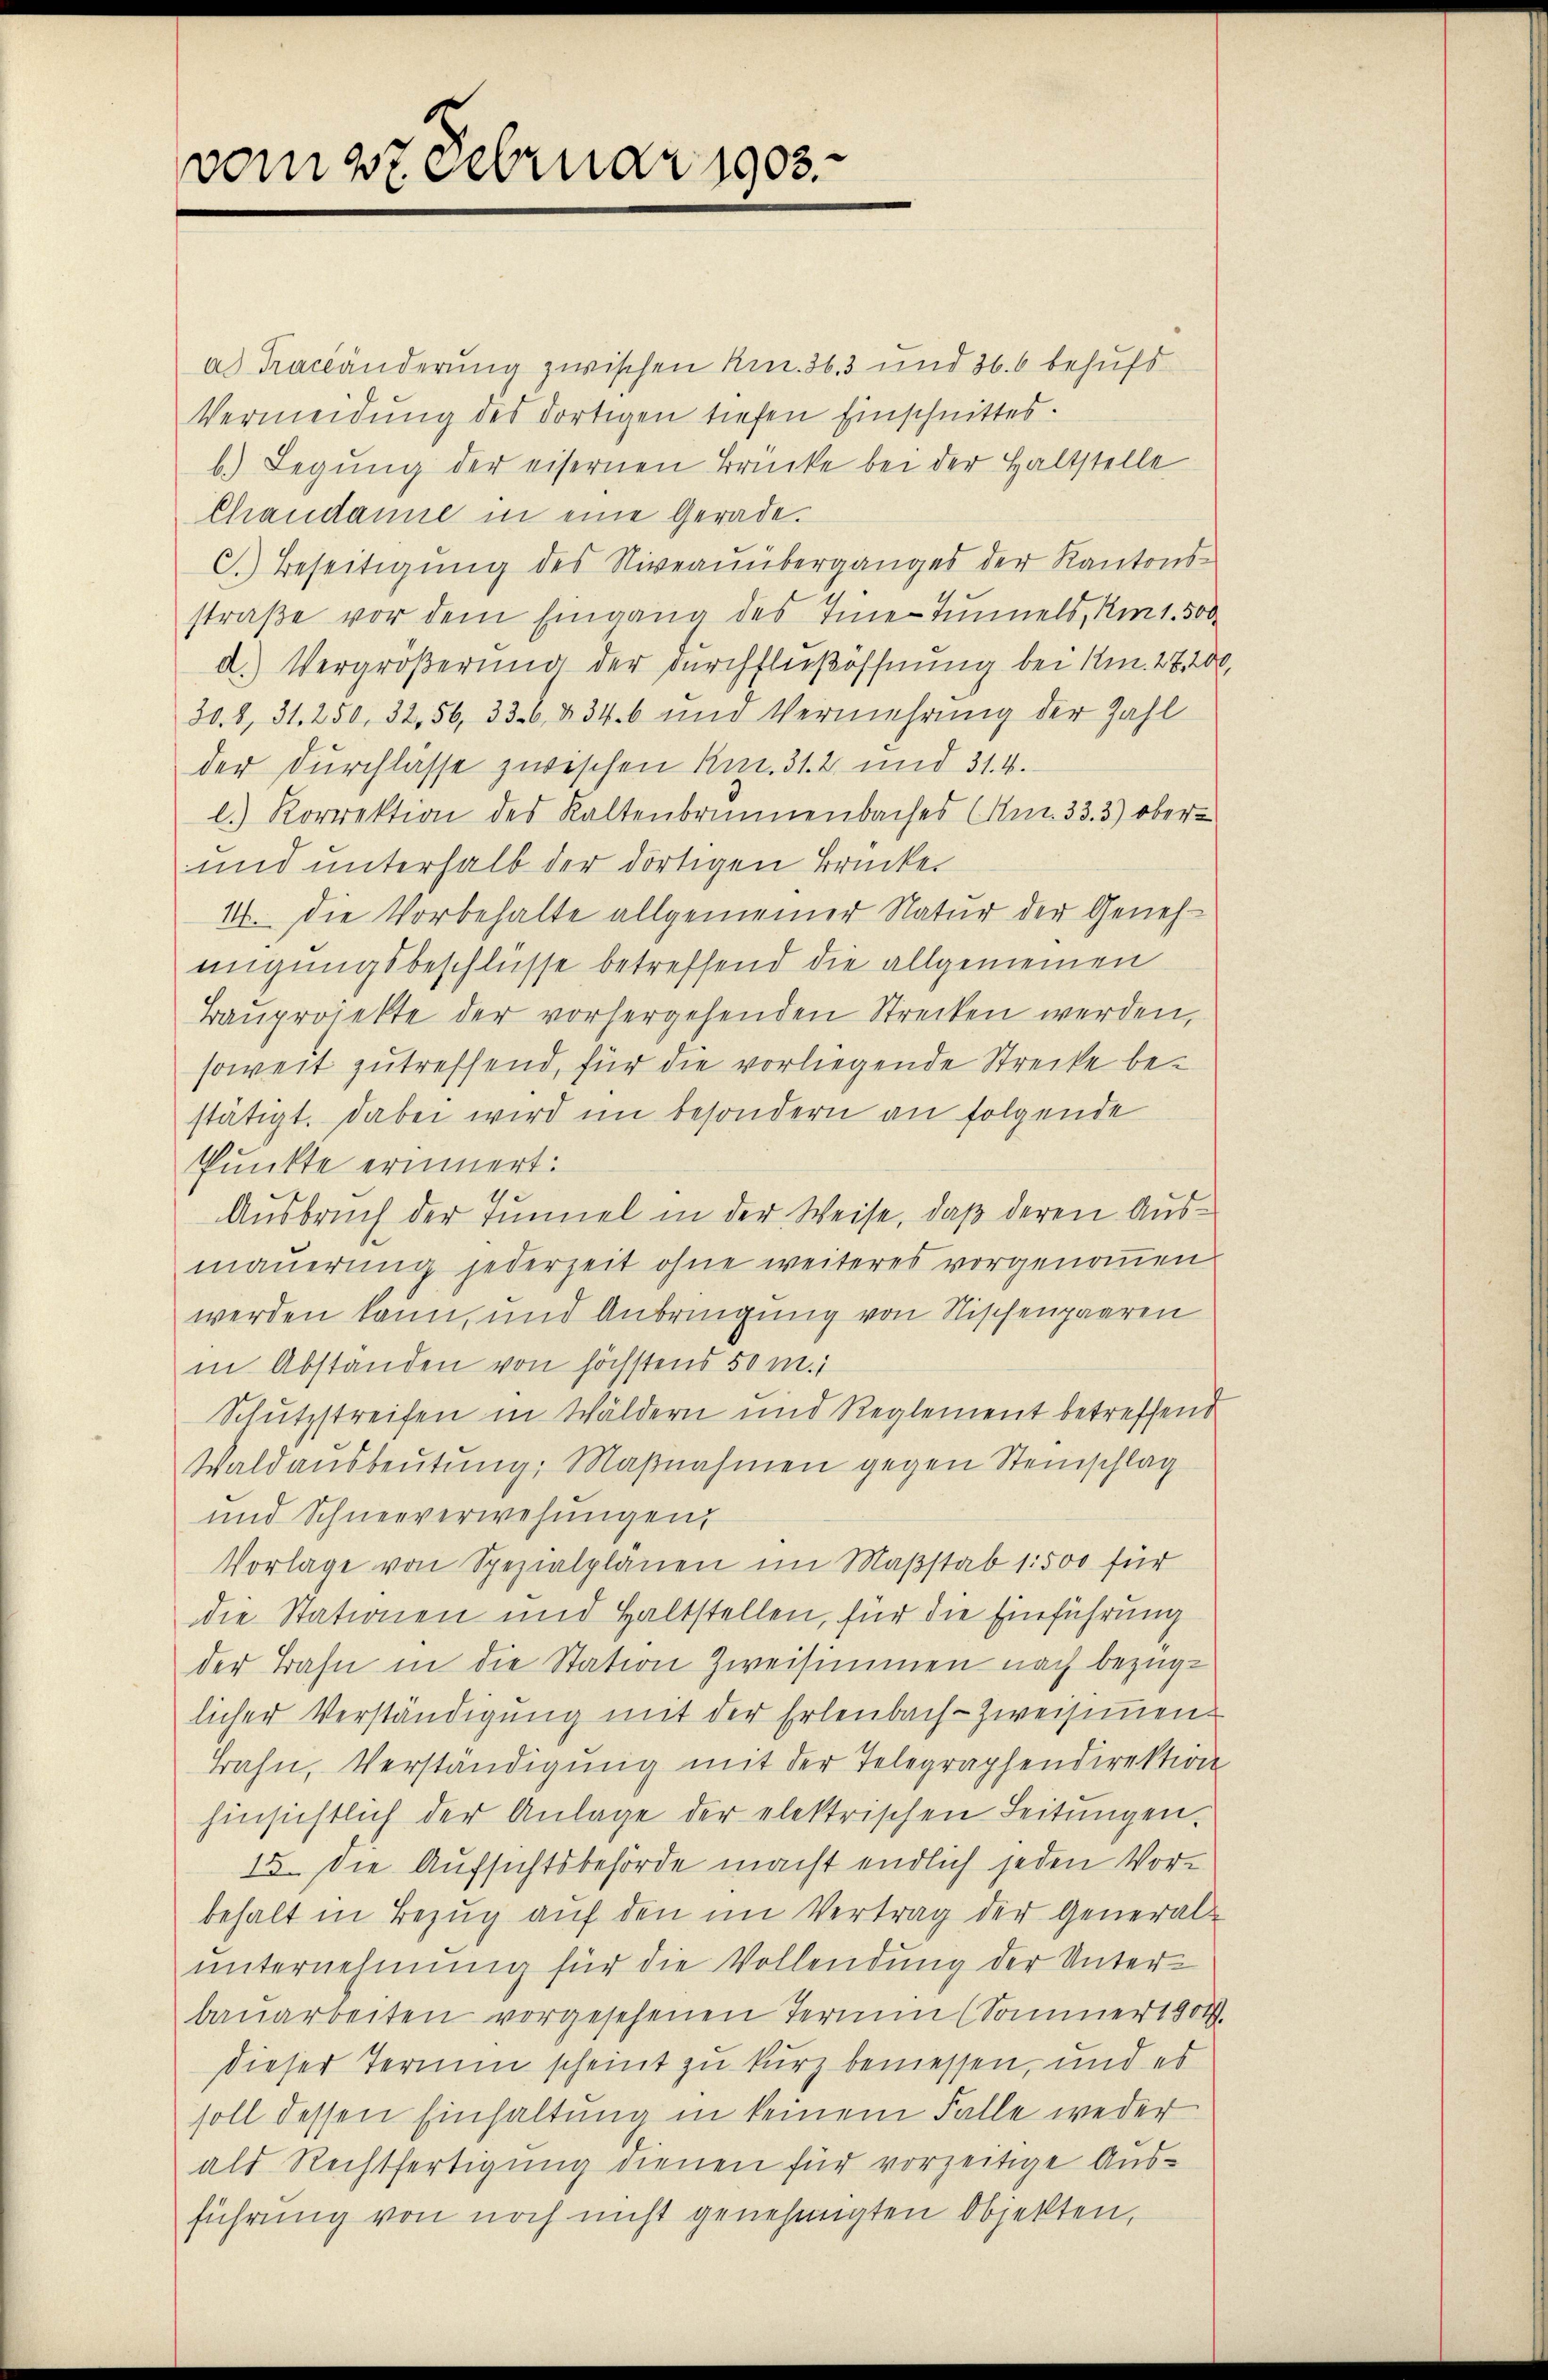
vom 27 Februar 1903

ad Trachänderung zwischen Kin. 363 und 366 behufs
Vermeidung des dortigen tiefen Einschnittes.
b.) Legung der eisernen Brücke bei der Haltstelle
Chaudanne in eine Gerade.
C. Beseitigung des Niveauüberganges der Kantons-
straße vor dem Eingang des Tine-Tunnels, Am 1. 500
d.) Vergrößerung der Durchfließöffnung bei Am. 28, 200,
308, 31. 250, 32, 56, 336, § 34. 6 und Vermehrung der Zahl
der Durchlasse zwischen Rez. 31. 2. und 31. 4.
l. Korrektion des Kaltenbrunnenbaches (Art. 33. 3) ober¬
und unterhalb der dortigen Brücke.
14. die Vorbehalte allgemeiner Natur der Genehmigungsbeschlüsse betreffend die allgemeinen
Baŭprojekte der vorhergehenden Strecken werden,
soweit zutreffend, für die vorliegende Strecke bestätigt. Dabei wird im besondern an folgende
Punkte erinnert:
Ausbruch der Tunnel in der Weise, daß deren Ausmauerung jederzeit ohne weiteres vorgenommen
werden kann, und Anbringung von Nischenpaaren
in Abstanden von höchstens 50 m.1
Schutzstreifen in Wäldern und Reglement betreffend
Waldausbeutung; Maβnahmen gegen Steinschlag
und Schneeverwesungen,
Vorlage von Spezialplänen im Maßstab 1500 für
die Stationen und Haltstellen, für die Einführung
der Bahn in die Station Zweisimmen nach bezüg-
licher Verständigung mit der Erlenbach-Zweisimmen
Bahn, Verständigung mit der Telegraphendirektion
hinsichtlich der Anlage der elektrischen Leitŭngen.
15. Die Aufsichtsbehörde macht endlich jeden Vor-
behalt in Bezug auf den im Vertrag der General-
unternehmung für die Vollendung der Unterbauarbeiten vorgesehenen Termin (Sommer 1904
dieser Termin scheint zu kurz bemessen, und es
soll dessen Einhaltung in keinem Falle weder
als Rechtfertigung dienen für vorzeitige Ausführung von noch nicht genehmigten Objekten,